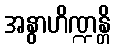
အနွာဟိဏ္ဍန္တိ